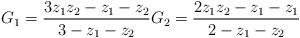
LaTeX: \begin{align*} G_1 = \frac{3z_1z_2-z_1-z_2}{3-z_1-z_2} G_2=\frac{2z_1z_2-z_1-z_1}{2-z_1-z_2}\end{align*}